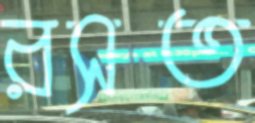
রসত